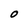
Character: O